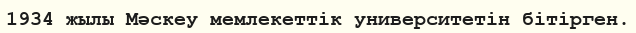
1934 жылы Мәскеу мемлекеттік университетін бітірген.